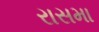
રાસમા